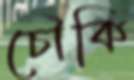
চৌকি